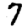
Digit: 7